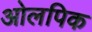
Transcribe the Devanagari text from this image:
ओलपिक